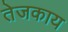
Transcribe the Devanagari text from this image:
तेजकाय